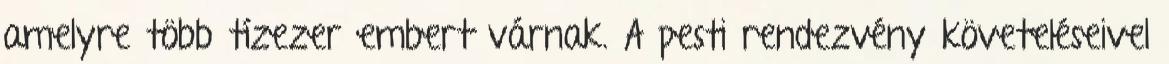
amelyre több tízezer embert várnak. A pesti rendezvény követeléseivel